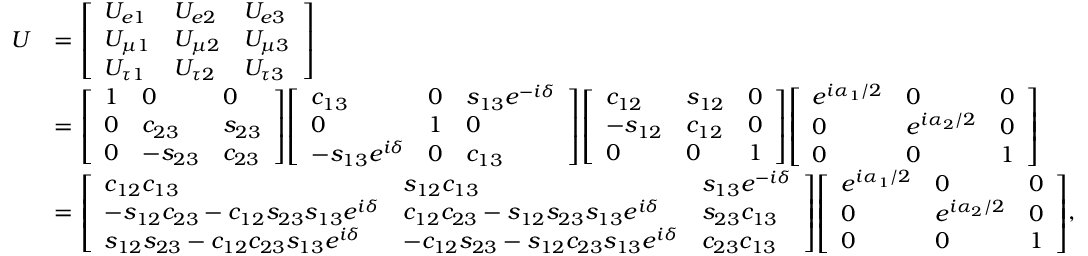
{ \begin{array} { r l } { U } & { = { \left[ \begin{array} { l l l } { U _ { e 1 } } & { U _ { e 2 } } & { U _ { e 3 } } \\ { U _ { \mu 1 } } & { U _ { \mu 2 } } & { U _ { \mu 3 } } \\ { U _ { \tau 1 } } & { U _ { \tau 2 } } & { U _ { \tau 3 } } \end{array} \right] } } \\ & { = { \left[ \begin{array} { l l l } { 1 } & { 0 } & { 0 } \\ { 0 } & { c _ { 2 3 } } & { s _ { 2 3 } } \\ { 0 } & { - s _ { 2 3 } } & { c _ { 2 3 } } \end{array} \right] } { \left[ \begin{array} { l l l } { c _ { 1 3 } } & { 0 } & { s _ { 1 3 } e ^ { - i \delta } } \\ { 0 } & { 1 } & { 0 } \\ { - s _ { 1 3 } e ^ { i \delta } } & { 0 } & { c _ { 1 3 } } \end{array} \right] } { \left[ \begin{array} { l l l } { c _ { 1 2 } } & { s _ { 1 2 } } & { 0 } \\ { - s _ { 1 2 } } & { c _ { 1 2 } } & { 0 } \\ { 0 } & { 0 } & { 1 } \end{array} \right] } { \left[ \begin{array} { l l l } { e ^ { i \alpha _ { 1 } / 2 } } & { 0 } & { 0 } \\ { 0 } & { e ^ { i \alpha _ { 2 } / 2 } } & { 0 } \\ { 0 } & { 0 } & { 1 } \end{array} \right] } } \\ & { = { \left[ \begin{array} { l l l } { c _ { 1 2 } c _ { 1 3 } } & { s _ { 1 2 } c _ { 1 3 } } & { s _ { 1 3 } e ^ { - i \delta } } \\ { - s _ { 1 2 } c _ { 2 3 } - c _ { 1 2 } s _ { 2 3 } s _ { 1 3 } e ^ { i \delta } } & { c _ { 1 2 } c _ { 2 3 } - s _ { 1 2 } s _ { 2 3 } s _ { 1 3 } e ^ { i \delta } } & { s _ { 2 3 } c _ { 1 3 } } \\ { s _ { 1 2 } s _ { 2 3 } - c _ { 1 2 } c _ { 2 3 } s _ { 1 3 } e ^ { i \delta } } & { - c _ { 1 2 } s _ { 2 3 } - s _ { 1 2 } c _ { 2 3 } s _ { 1 3 } e ^ { i \delta } } & { c _ { 2 3 } c _ { 1 3 } } \end{array} \right] } { \left[ \begin{array} { l l l } { e ^ { i \alpha _ { 1 } / 2 } } & { 0 } & { 0 } \\ { 0 } & { e ^ { i \alpha _ { 2 } / 2 } } & { 0 } \\ { 0 } & { 0 } & { 1 } \end{array} \right] } , } \end{array} }